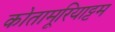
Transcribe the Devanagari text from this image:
कोतामूरियाट्टम